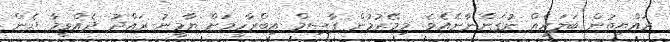
ރައްޔިތުން ބަލައެއް ނުގަންނާނެއެވެ. މިމޭރުމުން ގާސިމް އިބްރާހީމަށް ޔާމީނު ރައްދު ދެއްވީމާ ދެން